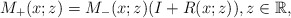
\begin{align*}M_+(x;z)= M_-(x;z)(I+R(x;z) ),z \in \mathbb{R},\end{align*}